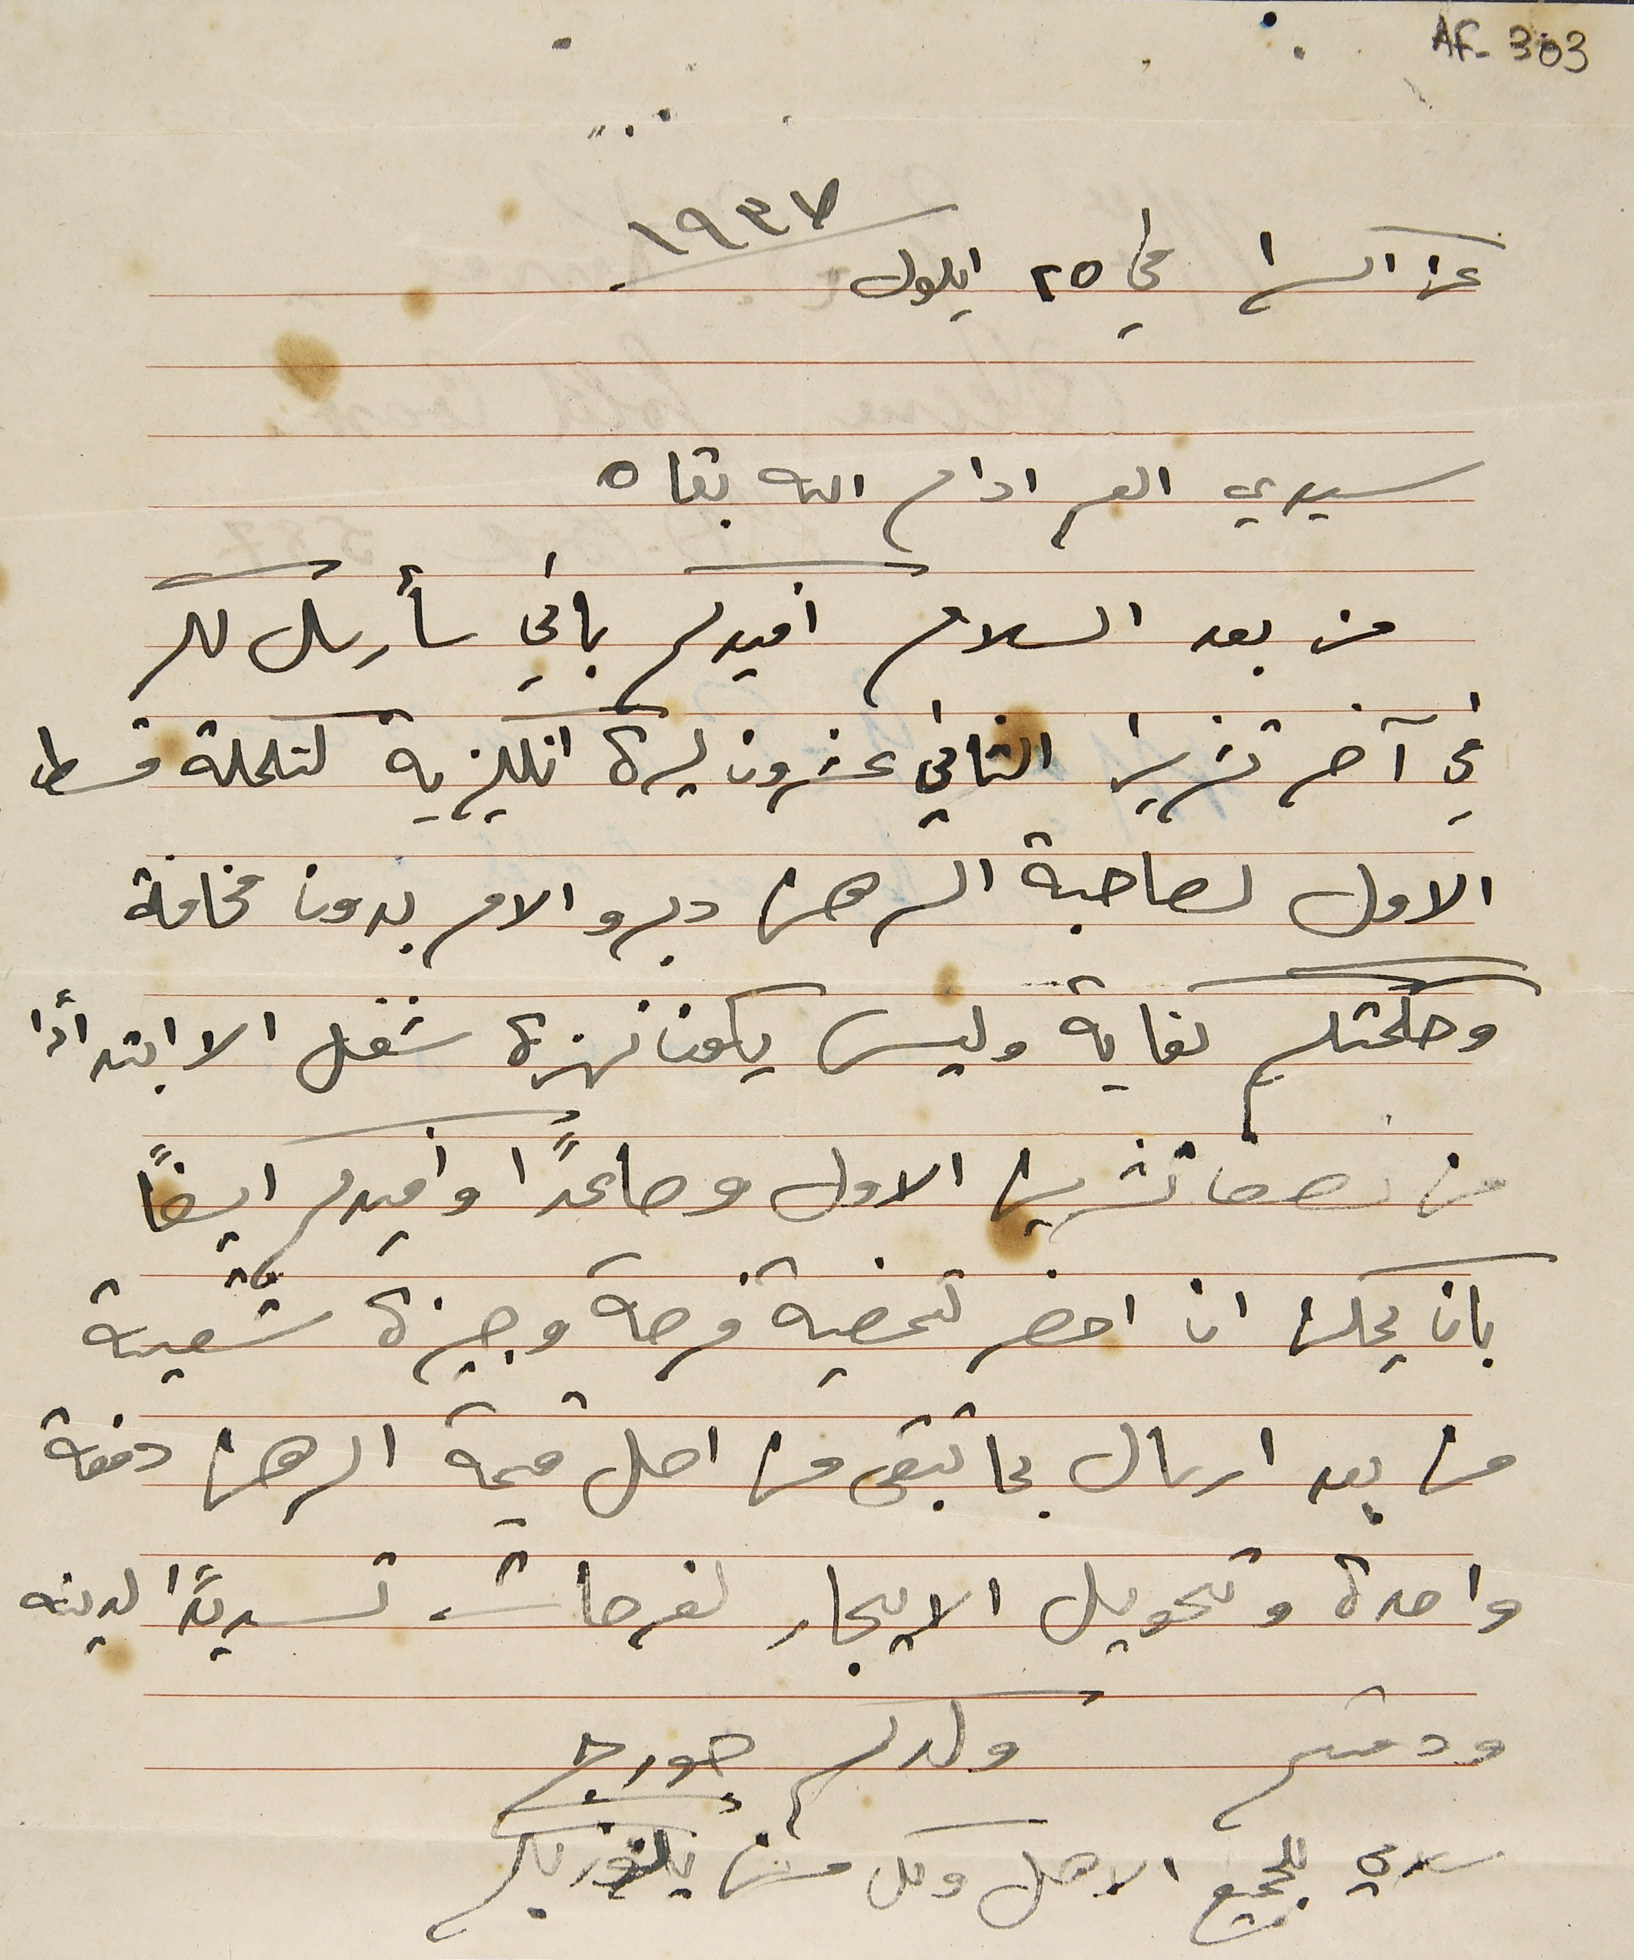
AF-303
عن اكرا في ٢٥ ايلول سنة ١٩٣٧
سيدي العم ادام الله بقاه
من بعد السلام افيدكم باني سأرسل لكم
في آخر تشرين الثاني عشرون ليرة انكليزية لتكملة قسط
الاول لصاحبة الرهن دبرو الامر بدون مخافة
وحكمتكم كفاية وليس يكون نهزة شغل الا ابتدأ من
من نصف تشرين الاول وصاعدًا وافيدكم ايضًا
بان يمكن ان احضر لتمضية فرصة وجيزة شقية
من بعد ارسال بما تبقى من اصل قيمة ارهن دفعة
واحدة وتحويل الايجار لفرحات تسديداً لدينه
ودمتم ولدكم جورج
 سلامي للجميع الاهل وكل من يلوز بكم